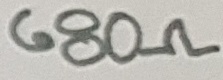
Text: 680Ω